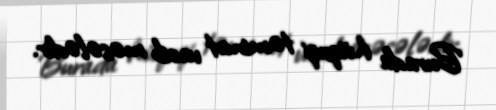
Burada hüquqi təminat vacib məsələdir.